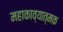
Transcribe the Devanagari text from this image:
महाकाव्‍यात्‍मक